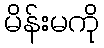
မိန်းမကို